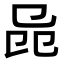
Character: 𠨕